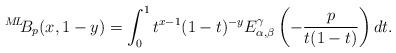
LaTeX: \begin{align*}{}^{M\!L\!\!}{B}_{p}(x,1-y)=\int_{0}^{1}t^{x-1}(1-t)^{-y}E_{\alpha, \beta}^{\gamma}\left(-\frac{p}{t(1-t)}\right)dt.\end{align*}